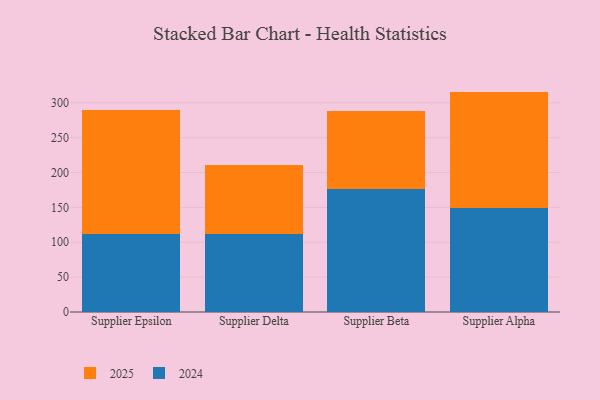
{"axis": {"x": "Supplier", "y": "Latency (ms)"}, "legend": ["2024", "2025"], "data": [{"x": "Supplier Epsilon", "y": 177.8, "type": "2025"}, {"x": "Supplier Epsilon", "y": 112.3, "type": "2024"}, {"x": "Supplier Delta", "y": 99.6, "type": "2025"}, {"x": "Supplier Delta", "y": 111.6, "type": "2024"}, {"x": "Supplier Beta", "y": 113.1, "type": "2025"}, {"x": "Supplier Beta", "y": 175.8, "type": "2024"}, {"x": "Supplier Alpha", "y": 167.2, "type": "2025"}, {"x": "Supplier Alpha", "y": 148.8, "type": "2024"}]}